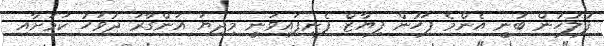
ފުލުހުން ބުނީ އެންމެ ފަހުން ފިޔާޒް ފެނިފައިވަނީ މިދިޔަ އަންގާރަ ދުވަހު ކަމަށާއި